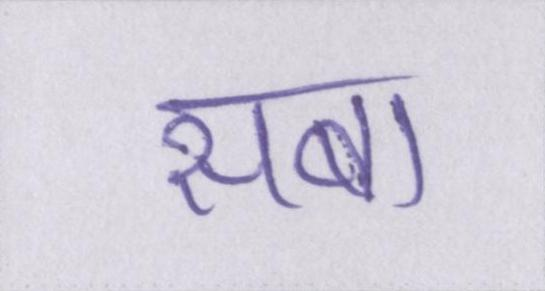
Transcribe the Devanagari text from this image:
सबा